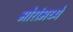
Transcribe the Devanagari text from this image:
मोरांमध्ये